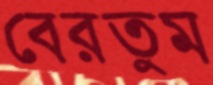
বেরতুম